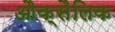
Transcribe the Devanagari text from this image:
औक्सैलिक